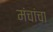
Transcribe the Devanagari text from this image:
मंचांचा